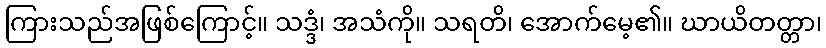
ကြားသည်အဖြစ်ကြောင့်။ သဒ္ဒံ၊ အသံကို။ သရတိ၊ အောက်မေ့၏။ ဃာယိတတ္တာ၊